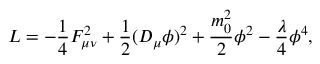
L = - \frac { 1 } { 4 } F _ { \mu \nu } ^ { 2 } + \frac { 1 } { 2 } ( D _ { \mu } \phi ) ^ { 2 } + \frac { m _ { 0 } ^ { 2 } } { 2 } \phi ^ { 2 } - \frac { \lambda } { 4 } \phi ^ { 4 } ,